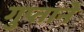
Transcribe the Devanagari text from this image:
गुप्ताने